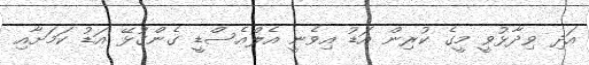
އަދި ވިދާޅުވީ މީގެ ކުރިން އަޑު އިވެނީ އެލްއެސްޑީ ގެންގުޅޭ އަޑު ކަމަށާއި